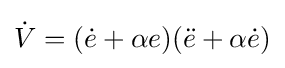
{\dot {V}}=({\dot {e}}+\alpha e)({\ddot {e}}+\alpha {\dot {e}})